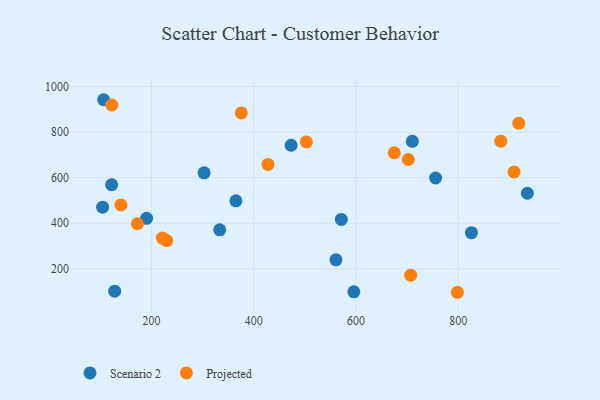
{"axis": {"x": "Study Hours", "y": "Yield"}, "legend": ["Projected", "Scenario 2"], "data": [{"x": "122.3", "y": 568.8, "type": "Scenario 2"}, {"x": "935.4", "y": 531.6, "type": "Scenario 2"}, {"x": "596.0", "y": 98.5, "type": "Scenario 2"}, {"x": "365.3", "y": 498.3, "type": "Scenario 2"}, {"x": "561.0", "y": 239.0, "type": "Scenario 2"}, {"x": "190.6", "y": 421.2, "type": "Scenario 2"}, {"x": "128.2", "y": 101.5, "type": "Scenario 2"}, {"x": "106.6", "y": 942.2, "type": "Scenario 2"}, {"x": "473.3", "y": 742.3, "type": "Scenario 2"}, {"x": "571.5", "y": 416.5, "type": "Scenario 2"}, {"x": "303.2", "y": 621.2, "type": "Scenario 2"}, {"x": "104.6", "y": 470.4, "type": "Scenario 2"}, {"x": "826.0", "y": 358.6, "type": "Scenario 2"}, {"x": "755.9", "y": 598.4, "type": "Scenario 2"}, {"x": "333.6", "y": 370.8, "type": "Scenario 2"}, {"x": "710.4", "y": 759.7, "type": "Scenario 2"}, {"x": "375.8", "y": 884.4, "type": "Projected"}, {"x": "503.1", "y": 756.7, "type": "Projected"}, {"x": "122.5", "y": 919.1, "type": "Projected"}, {"x": "707.2", "y": 171.8, "type": "Projected"}, {"x": "427.9", "y": 658.2, "type": "Projected"}, {"x": "221.5", "y": 334.8, "type": "Projected"}, {"x": "909.4", "y": 625.3, "type": "Projected"}, {"x": "675.0", "y": 708.9, "type": "Projected"}, {"x": "918.4", "y": 838.8, "type": "Projected"}, {"x": "702.5", "y": 679.7, "type": "Projected"}, {"x": "172.5", "y": 397.5, "type": "Projected"}, {"x": "798.5", "y": 96.7, "type": "Projected"}, {"x": "140.4", "y": 479.9, "type": "Projected"}, {"x": "229.9", "y": 323.9, "type": "Projected"}, {"x": "883.4", "y": 760.2, "type": "Projected"}]}